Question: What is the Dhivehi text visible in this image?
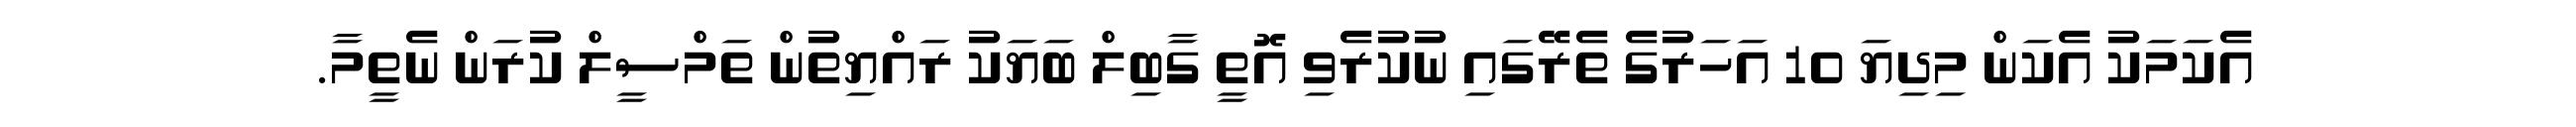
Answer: އެކަމަކު އެކަން މިދިޔަ 10 އަހަރުގެ ތެރޭގައި ނުކުރެވި އޮތީ ގާބިލް ބަޔަކު ރައްޔިތުން ތަމްސީލް ކުރަން ނެތީމާ.